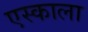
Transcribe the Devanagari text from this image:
एस्काला